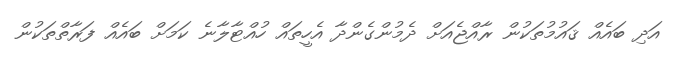
އަދި ބައެއް ޤައުމުތަކުން ރާއްޖެއަށް ދެމުންގެންދާ އެހީތައް ހުއްޓާލާނެ ކަމަށް ބައެއް ފަރާތްތަކުން